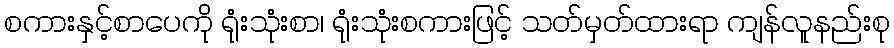
စကားနှင့်စာပေကို ရုံးသုံးစာ၊ ရုံးသုံးစကားဖြင့် သတ်မှတ်ထားရာ ကျန်လူနည်းစု